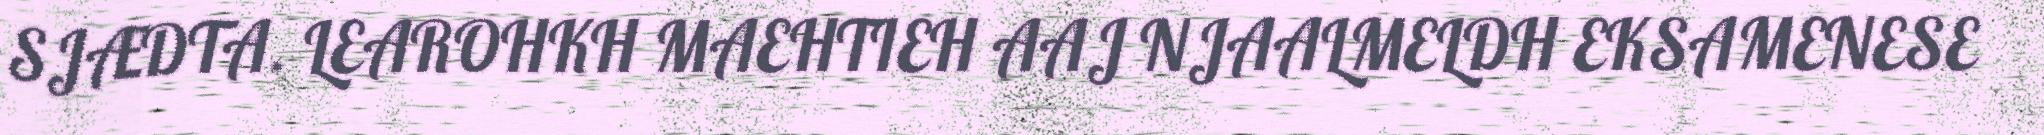
SJÆDTA. LEAROHKH MAEHTIEH AAJ NJAALMELDH EKSAMENESE